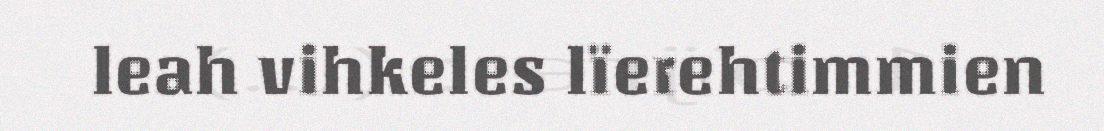
leah vihkeles lïerehtimmien